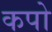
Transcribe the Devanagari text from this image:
कपो